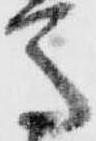
馬